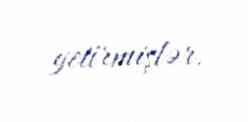
yetirmişlər.